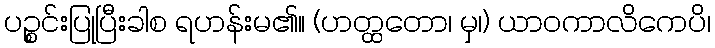
ပဉ္စင်းပြုပြီးခါစ ရဟန်းမ၏။ (ဟတ္ထတော၊ မှ၊) ယာဝကာလိကေပိ၊